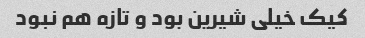
کیک خیلی شیرین بود و تازه هم نبود